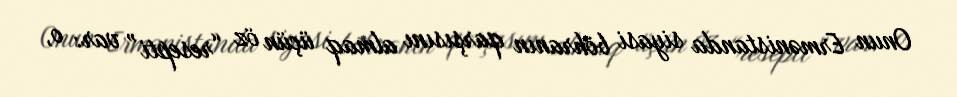
Onun Ermənistanda siyasi böhranın qarşısını almaq üçün öz “resepti” var: o,